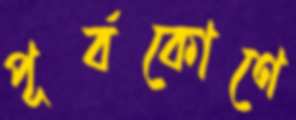
পূর্বকোণে